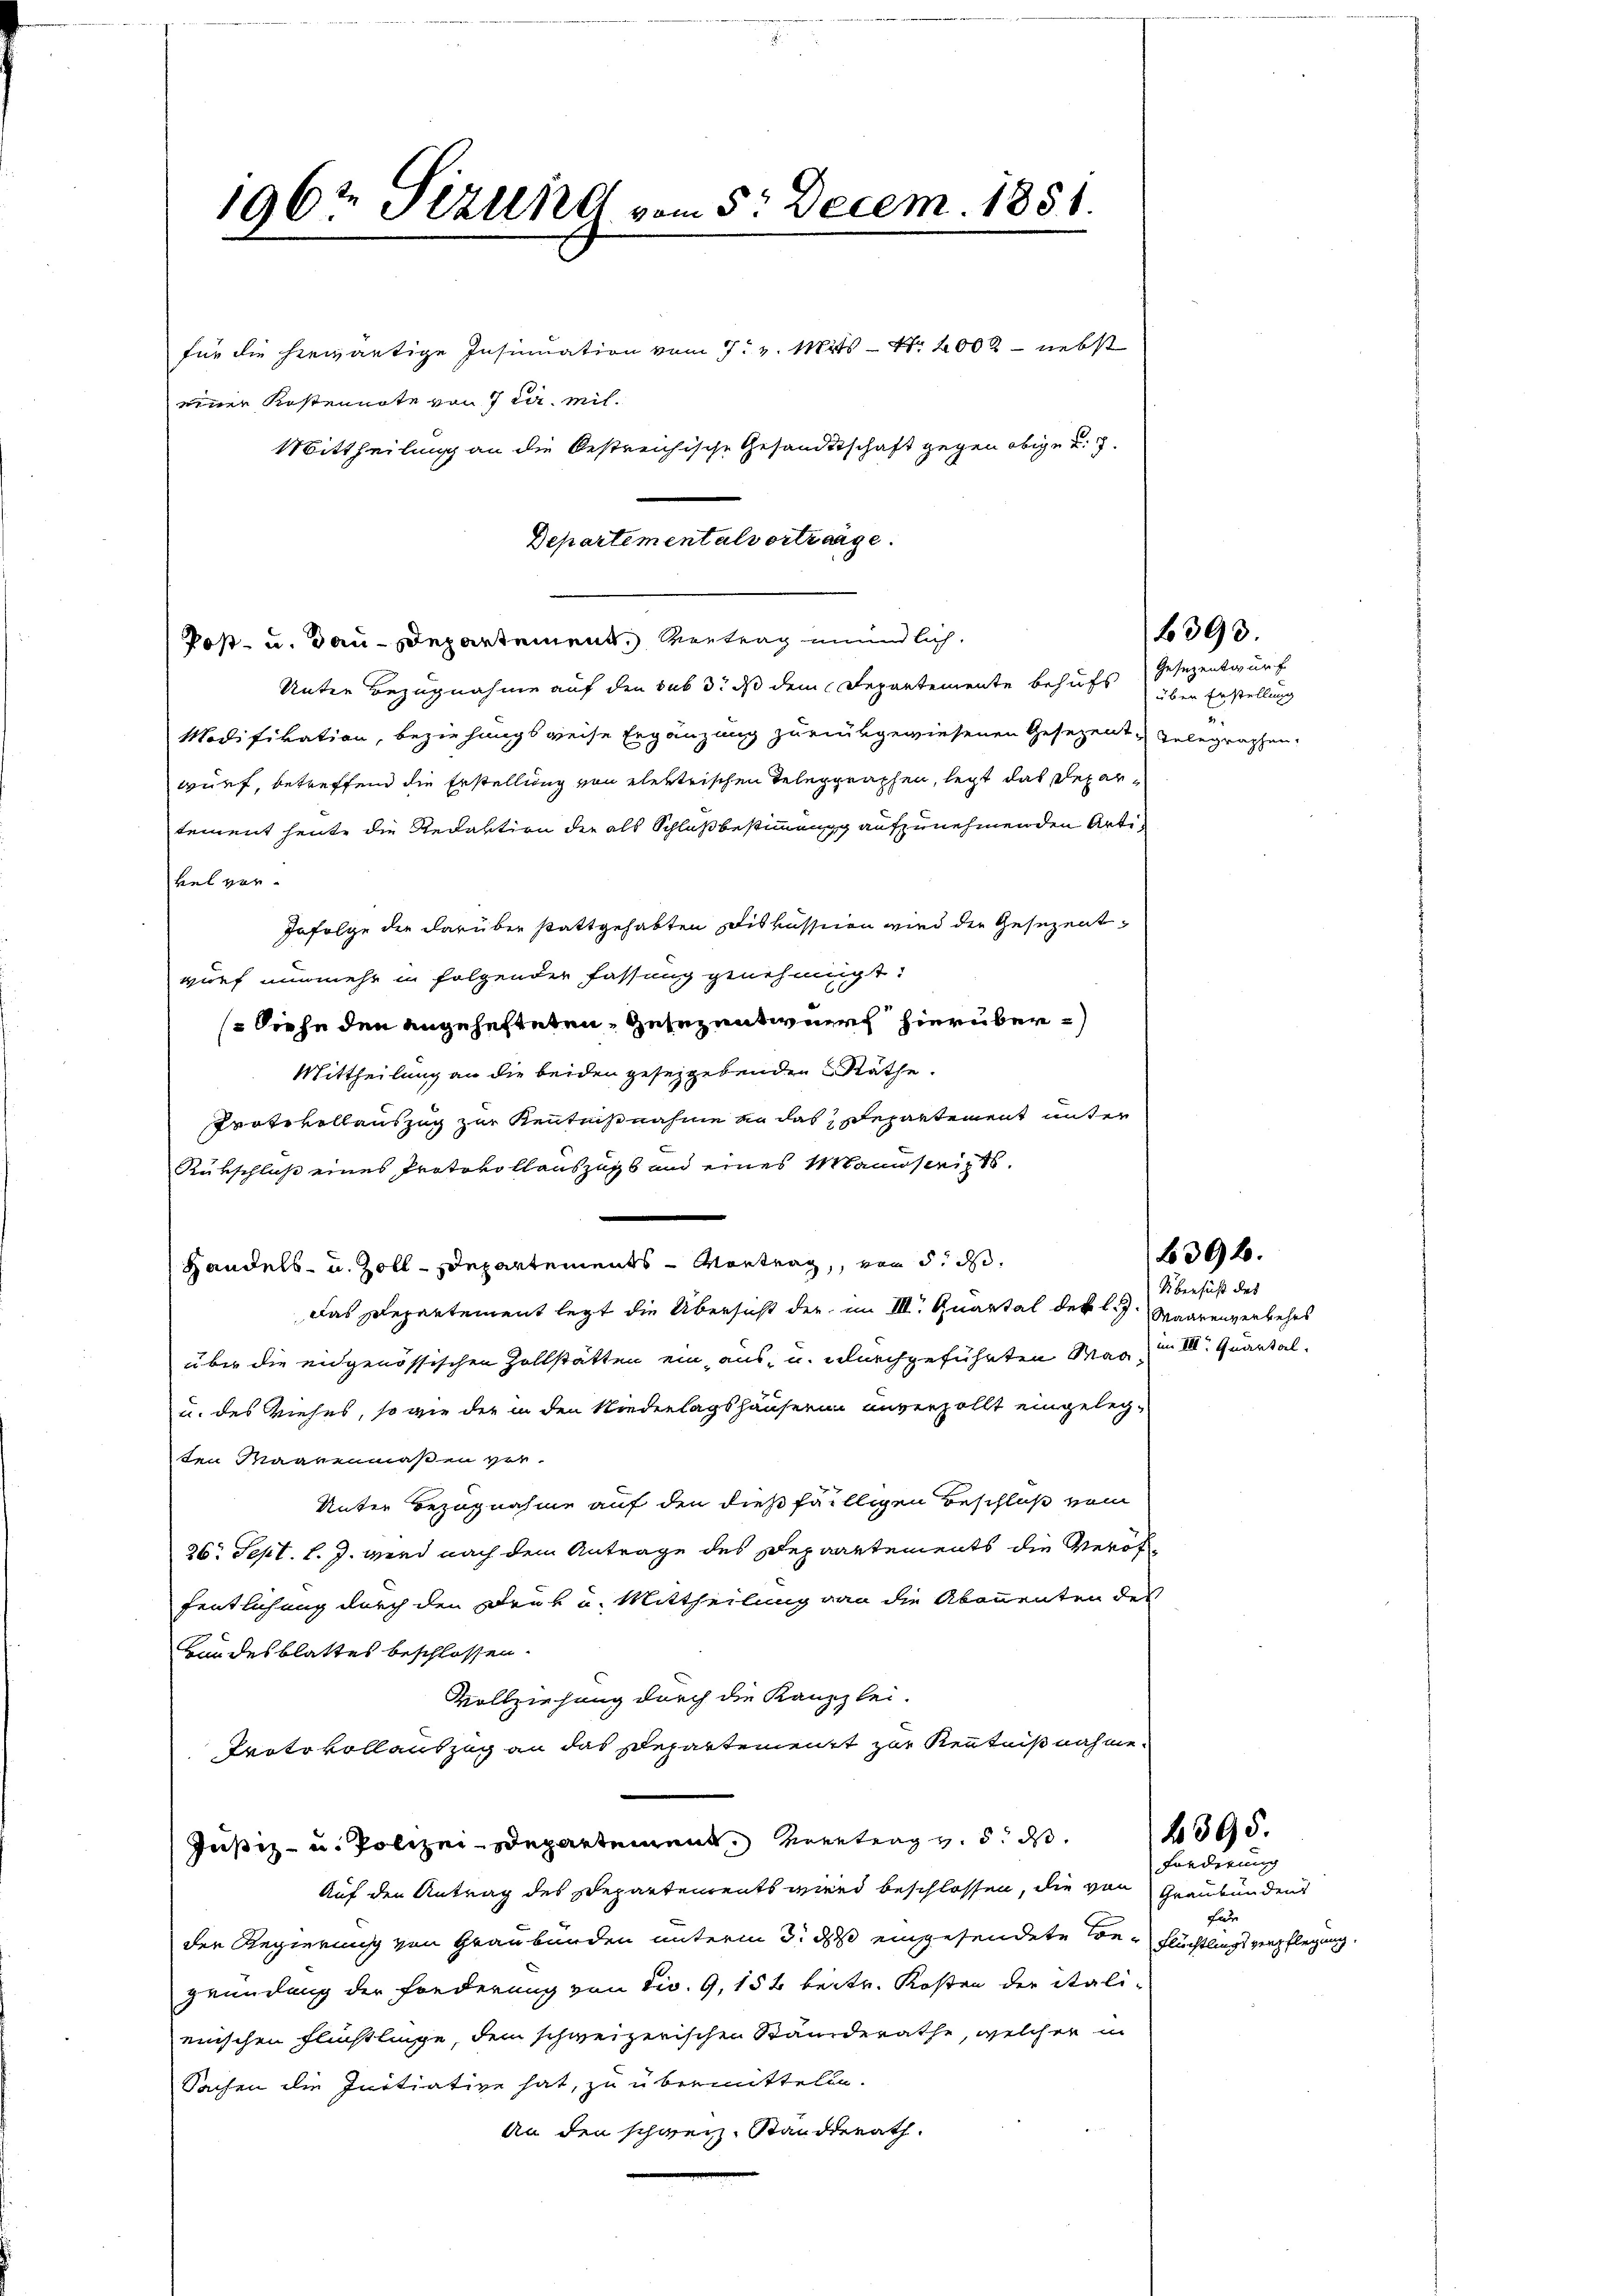
für die herwärtige Insinuation vom 7. v. Mits - Nr. 2000 nebst
einer Kostennote von 7 cir. mil¬
Unter Bezugnahme auf den sub d. dß dem Departemente behufs Gesezentwurf
Modifikation, beziehungsweise Ergänzung zurückgewiesenen Gesezent & Telegraphen.
wurf, betreffend die Erstellung von elektrischen Telegraphen, legt das Departement heute die Redaktion der als Schlußbestimmungg aufzunehmenden Artivel vor¬
Infolge der darüber stattgehabten Diskussion wird die Gesezentwurf nunmehr in folgender fassung genehmigt.
(Siehe den angehefteten Zusezentwurf hierüber¬
Mittheilung an die beiden gesetzgebenden Räthe.
Protokollauszug zur Kenntnißnahme an das Departement unter
Rükschluß eines Protokollauszugs und eines Mannseits¬
Handels- u. Zoll-Departements-Vortrag, von d. das
Das Plepartement legt die Übersicht der im III. Quartal der l. J. Waarenverkehrs
über die eidgenössischen Zollstätten ein aus u. durchgeführten Mag, in 10. Quartal¬
u. des Viehes, so wie der in den Niederlagshäuserin unverzollt eingelegten Maarenmaßen ver¬
Unter Bezugnahme auf den dießfälligen Beschluß vom
26. Sept. l. J. wird nach dem Antrage des Departements die Veröffentlichung durch den Druk u. Mittheilung von die Abonnenten des
Bundesblattes beschlossen.
Vollziehung durch die Kauzzlei-
Protokollauszug an das Departement zur Kenntnißnahme¬
Justiz- u. Polizei-Departement vertrag v. 5. ds.
Auf den Antrag des Departements wird beschlossen, die von Graubündens
der Regierung von Graubünden unterm 3. d eingesendete von Flüchtlingsverpflegung.
gründung der Forderung von div. 9, 154 beitr. Kosten der itali-
eischen Flüchtlinge, dem schweizerischen Standerathe, welcher in
Sachen die Initiative hat, zu übermittelte.
An den schweiz. Standerath.

1967 Sizung vom 5. Decem. 1851.

Mittheilung an die bestreichische Gesandtschaft gegen obige u. g

Departementalvertrage.
Post- u. dau-Departement. Vertrag mündlich.

über Erstellung

393.

Übersicht des

392.

4395.

Forderung
far